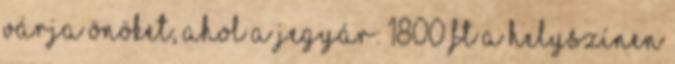
várja Önöket, ahol a Jegyár: 1800 Ft a helyszínen